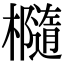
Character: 㰐